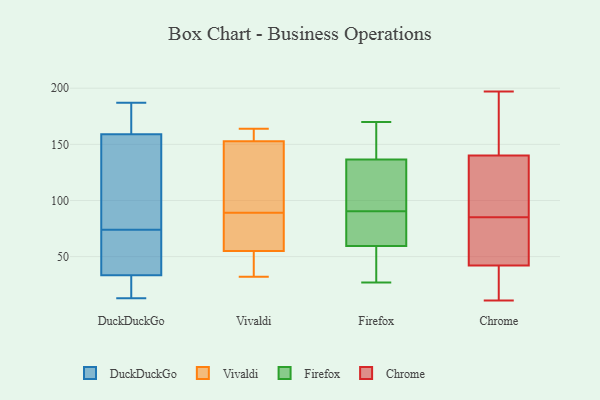
{"axis": {"x": "Waste Production (Tons)", "y": "Value"}, "legend": ["Chrome", "DuckDuckGo", "Firefox", "Vivaldi"], "data": [{"x": "", "y": 169, "type": "DuckDuckGo"}, {"x": "", "y": 110, "type": "DuckDuckGo"}, {"x": "", "y": 82, "type": "DuckDuckGo"}, {"x": "", "y": 187, "type": "DuckDuckGo"}, {"x": "", "y": 30, "type": "DuckDuckGo"}, {"x": "", "y": 155, "type": "DuckDuckGo"}, {"x": "", "y": 58, "type": "DuckDuckGo"}, {"x": "", "y": 45, "type": "DuckDuckGo"}, {"x": "", "y": 156, "type": "DuckDuckGo"}, {"x": "", "y": 171, "type": "DuckDuckGo"}, {"x": "", "y": 28, "type": "DuckDuckGo"}, {"x": "", "y": 54, "type": "DuckDuckGo"}, {"x": "", "y": 74, "type": "DuckDuckGo"}, {"x": "", "y": 13, "type": "DuckDuckGo"}, {"x": "", "y": 168, "type": "DuckDuckGo"}, {"x": "", "y": 34, "type": "DuckDuckGo"}, {"x": "", "y": 32, "type": "DuckDuckGo"}, {"x": "", "y": 157, "type": "Vivaldi"}, {"x": "", "y": 163, "type": "Vivaldi"}, {"x": "", "y": 113, "type": "Vivaldi"}, {"x": "", "y": 64, "type": "Vivaldi"}, {"x": "", "y": 64, "type": "Vivaldi"}, {"x": "", "y": 139, "type": "Vivaldi"}, {"x": "", "y": 119, "type": "Vivaldi"}, {"x": "", "y": 162, "type": "Vivaldi"}, {"x": "", "y": 37, "type": "Vivaldi"}, {"x": "", "y": 164, "type": "Vivaldi"}, {"x": "", "y": 89, "type": "Vivaldi"}, {"x": "", "y": 32, "type": "Vivaldi"}, {"x": "", "y": 80, "type": "Vivaldi"}, {"x": "", "y": 45, "type": "Vivaldi"}, {"x": "", "y": 69, "type": "Vivaldi"}, {"x": "", "y": 140, "type": "Vivaldi"}, {"x": "", "y": 52, "type": "Vivaldi"}, {"x": "", "y": 163, "type": "Vivaldi"}, {"x": "", "y": 32, "type": "Vivaldi"}, {"x": "", "y": 139, "type": "Firefox"}, {"x": "", "y": 104, "type": "Firefox"}, {"x": "", "y": 170, "type": "Firefox"}, {"x": "", "y": 75, "type": "Firefox"}, {"x": "", "y": 94, "type": "Firefox"}, {"x": "", "y": 59, "type": "Firefox"}, {"x": "", "y": 132, "type": "Firefox"}, {"x": "", "y": 136, "type": "Firefox"}, {"x": "", "y": 58, "type": "Firefox"}, {"x": "", "y": 51, "type": "Firefox"}, {"x": "", "y": 27, "type": "Firefox"}, {"x": "", "y": 87, "type": "Firefox"}, {"x": "", "y": 137, "type": "Firefox"}, {"x": "", "y": 161, "type": "Firefox"}, {"x": "", "y": 71, "type": "Firefox"}, {"x": "", "y": 60, "type": "Firefox"}, {"x": "", "y": 197, "type": "Chrome"}, {"x": "", "y": 80, "type": "Chrome"}, {"x": "", "y": 118, "type": "Chrome"}, {"x": "", "y": 30, "type": "Chrome"}, {"x": "", "y": 73, "type": "Chrome"}, {"x": "", "y": 174, "type": "Chrome"}, {"x": "", "y": 42, "type": "Chrome"}, {"x": "", "y": 126, "type": "Chrome"}, {"x": "", "y": 53, "type": "Chrome"}, {"x": "", "y": 140, "type": "Chrome"}, {"x": "", "y": 178, "type": "Chrome"}, {"x": "", "y": 21, "type": "Chrome"}, {"x": "", "y": 167, "type": "Chrome"}, {"x": "", "y": 14, "type": "Chrome"}, {"x": "", "y": 90, "type": "Chrome"}, {"x": "", "y": 138, "type": "Chrome"}, {"x": "", "y": 65, "type": "Chrome"}, {"x": "", "y": 11, "type": "Chrome"}]}